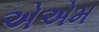
એએમ